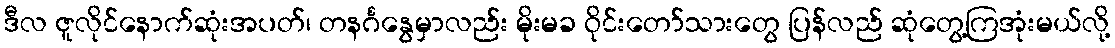
ဒီလ ဇူလိုင်နောက်ဆုံးအပတ်၊ တနင်္ဂနွေမှာလည်း မိုးမခ ဝိုင်းတော်သားတွေ ပြန်လည် ဆုံတွေ့ကြအုံးမယ်လို့